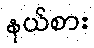
နယ်စား